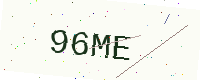
Text: 96ME